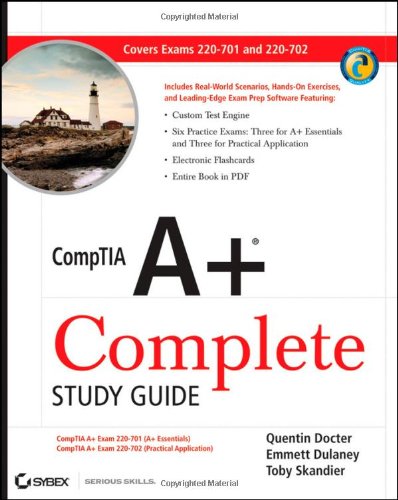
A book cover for CompTIA A+ Complete Study Guide: Exams 220-701 (Essentials) and 220-702 (Practical Application); Quentin Docter; Computers & Technology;